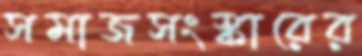
সমাজসংস্কারের